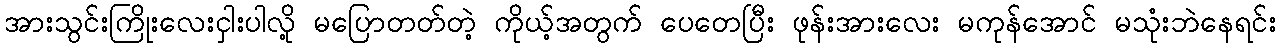
အားသွင်းကြိုးလေးငှါးပါလို့ မပြောတတ်တဲ့ ကိုယ့်အတွက် ပေတေပြီး ဖုန်းအားလေး မကုန်အောင် မသုံးဘဲနေရင်း